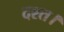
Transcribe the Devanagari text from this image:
दश्त।